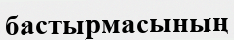
бастырмасының